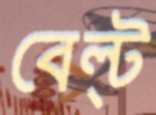
বেল্‌ট্‌